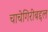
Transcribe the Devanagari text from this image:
चाचेगिरीबद्दल